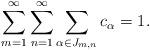
LaTeX: \begin{align*} \sum_{m=1}^{\infty} \sum_{n=1}^{\infty} \sum_{\alpha \in J_{m,n}}c_{\alpha} =1.\end{align*}